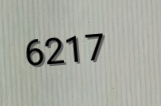
6217